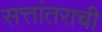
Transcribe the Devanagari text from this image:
सत्तांतराची